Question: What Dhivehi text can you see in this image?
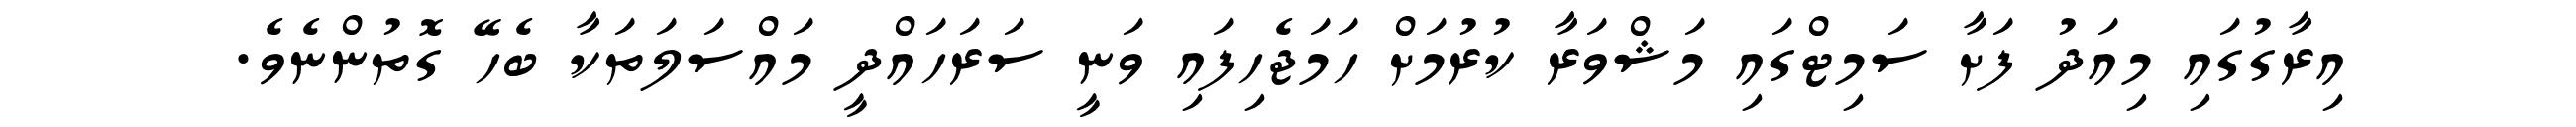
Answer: އިރާގުގައި މިއަދު ފަށާ ސަމިޓްގައި މަޝްވަރާ ކުރުމަށް ހަމަޖެހިފައި ވަނީ ސަރަހައްދީ މައްސަލަތަކާ ބެހޭ ގޮތުންނެވެ.